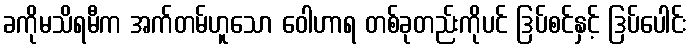
ခကိုမသိရမီက အက်တမ်ဟူသော ဝေါဟာရ တစ်ခုတည်းကိုပင် ဒြပ်စင်နှင့် ဒြပ်ပေါင်း